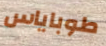
طوباياس